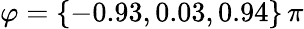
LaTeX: {\varphi=\{ -0.93,0.03,0.94\} \, \pi}